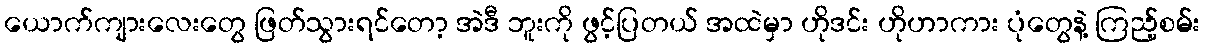
ယောက်ကျားလေးတွေ ဖြတ်သွားရင်တော့ အဲဒီ ဘူးကို ဖွင့်ပြတယ် အထဲမှာ ဟိုဒင်း ဟိုဟာကား ပုံတွေနဲ့ ကြည့်စမ်း